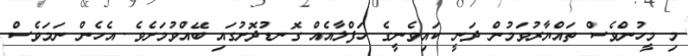
މި މީހުންވެސް ތައްޔާރުވަމުން ދަނީ ކައިވެނީގެ ހަފްލާއެއް ގޮނޑުދޮށުގައި ބޭއްވުމަށެވެ. އެހެން ނަމަވެސް